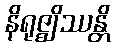
နိရုဇ္ဈိဿန္တိ